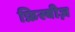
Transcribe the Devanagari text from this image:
फ्रिस्बीज़